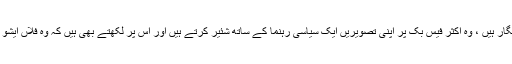
میرے ایک دوست کالم نگار ہیں ، وہ اکثر فیس بک پر اپنی تصویریں ایک سیاسی رہنما کے ساتھ شئیر کرتے ہیں اور اس پر لکھتے بھی ہیں کہ وہ فلاں ایشو پر مشورہ دے رہے ہیں۔